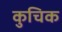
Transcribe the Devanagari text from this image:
कुचिक